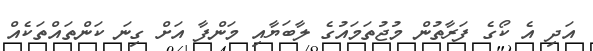
އަދި އެ ކޯގެ ފަރާތުން މުޖުތަމައުގެ ލާބަޔާއި މަންފާ އަށް ގިނަ ކަންތައްތަކެއް